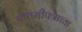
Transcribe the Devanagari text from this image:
बातमीपत्राच्या